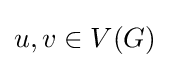
u,v\in V(G)